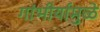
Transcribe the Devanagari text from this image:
गांभीर्यामुळे